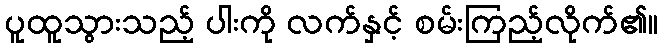
ပူထူသွားသည့် ပါးကို လက်နှင့် စမ်းကြည့်လိုက်၏။